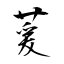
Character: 萲